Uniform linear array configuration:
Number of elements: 64
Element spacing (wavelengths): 1
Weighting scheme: kaiser
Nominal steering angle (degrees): -60
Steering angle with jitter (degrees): -59.294
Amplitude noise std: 0.05
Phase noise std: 0.05

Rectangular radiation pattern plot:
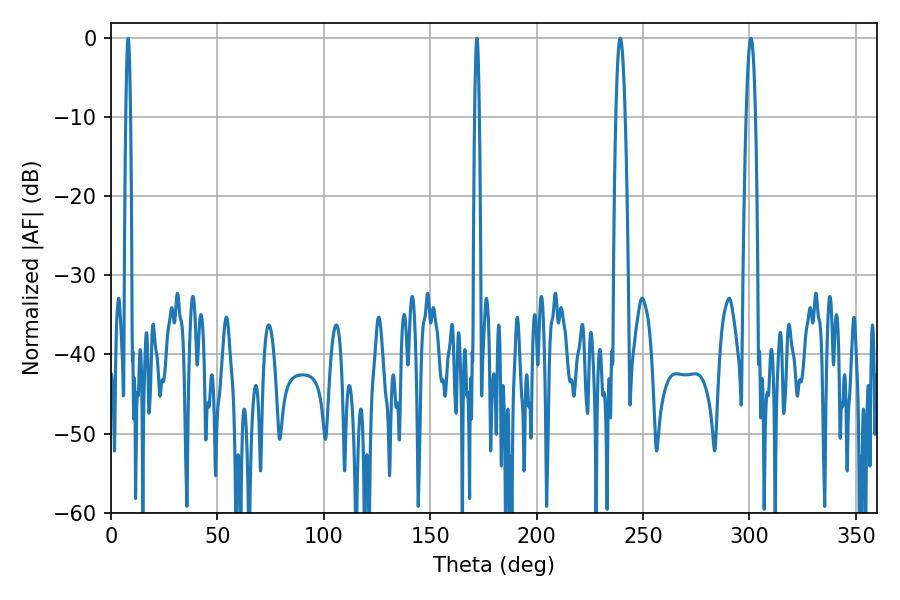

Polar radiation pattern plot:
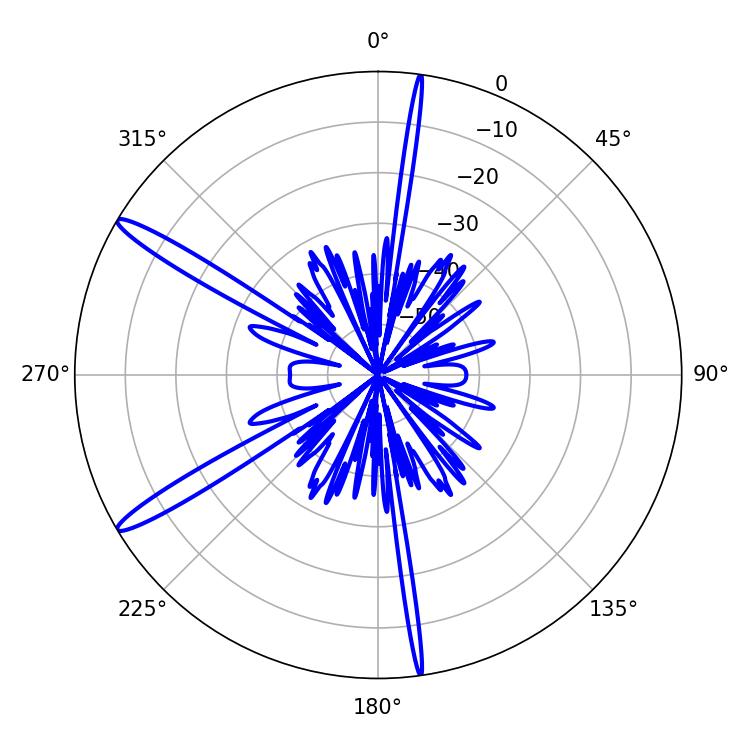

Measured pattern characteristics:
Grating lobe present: TRUE
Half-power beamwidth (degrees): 2.34
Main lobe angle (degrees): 239.22